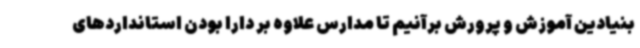
بنیادین آموزش و پرورش برآنیم تا مدارس علاوه بر دارا بودن استانداردهای